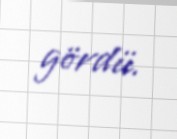
gördü.